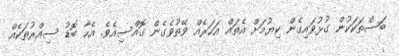
ބަސްތަކަކުން ގުޅުވައިގެން ކިޔުމަށް އެތައް އަހަރެއް ވޭތުވެގެން ގޮއްސިއެވެ. އެހާ ބޮޑު ސިއްރުތަކެއް